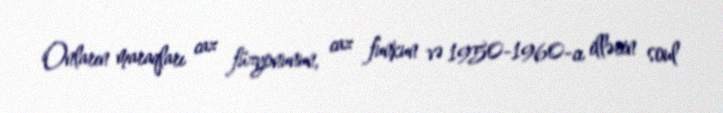
Onların maraqları caz füzyonunun, caz funkun və 1950-1960-cı illərin soul